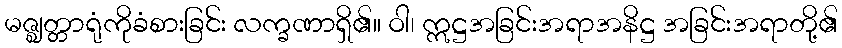
မဇ္ဈတ္တာရုံကိုခံစားခြင်း လက္ခဏာရှိ၏။ ဝါ၊ ဣဋ္ဌအခြင်းအရာအနိဋ္ဌ အခြင်းအရာတို့၏